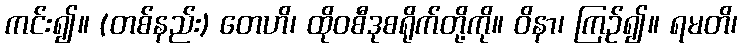
ကင်း၍။ (တစ်နည်း) တေဟိ၊ ထိုဝစီဒုစရိုက်တို့ကို။ ဝိနာ၊ ကြဉ်၍။ ရမတိ၊